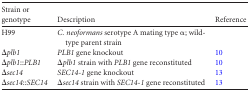
<table><thead><tr><td><b>Strain or genotype</b></td><td><b>Description</b></td><td><b>Reference</b></td></tr></thead><tbody><tr><td>H99</td><td>C. neoformans serotype A mating type α; wild-type parent strain</td><td></td></tr><tr><td>Δ<i>plb1</i></td><td><i>PLB1</i> gene knockout</td><td>10</td></tr><tr><td>Δ<i>plb1</i>::<i>PLB1</i></td><td>Δ<i>plb1</i> strain with <i>PLB1</i> gene reconstituted</td><td>10</td></tr><tr><td>Δ<i>sec14</i></td><td><i>SEC14-1</i> gene knockout</td><td>13</td></tr><tr><td>Δ<i>sec14</i>::<i>SEC14</i></td><td>Δ<i>sec14</i> strain with <i>SEC14-1</i> gene reconstituted</td><td>13</td></tr></tbody></table>